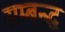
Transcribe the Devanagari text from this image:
सम्बन्द्ध